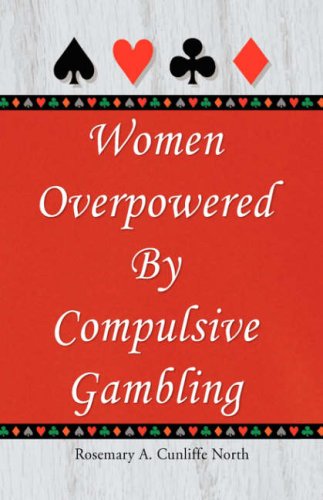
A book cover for Women Overpowered by Compulsive Gambling; Rosemary A. Cunliffe North; Health, Fitness & Dieting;